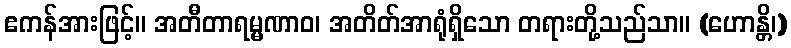
ဧကန်အားဖြင့်။ အတီတာရမ္မဏာဝ၊ အတိတ်အာရုံရှိသော တရားတို့သည်သာ။ (ဟောန္တိ၊)